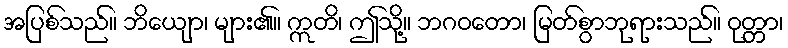
အပြစ်သည်။ ဘိယျော၊ များ၏။ ဣတိ၊ ဤသို့။ ဘဂဝတော၊ မြတ်စွာဘုရားသည်။ ဝုတ္တာ၊